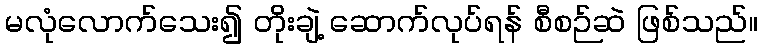
မလုံလောက်သေး၍ တိုးချဲ့ ဆောက်လုပ်ရန် စီစဉ်ဆဲ ဖြစ်သည်။